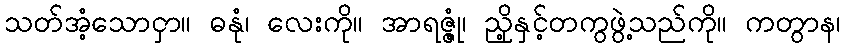
သတ်အံ့သောငှာ။ ဓနုံ၊ လေးကို။ အာရဇ္ဇုံ၊ ညို့နှင့်တကွဖွဲ့သည်ကို။ ကတွာန၊